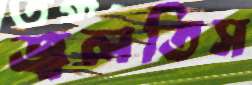
জ্বলতিস